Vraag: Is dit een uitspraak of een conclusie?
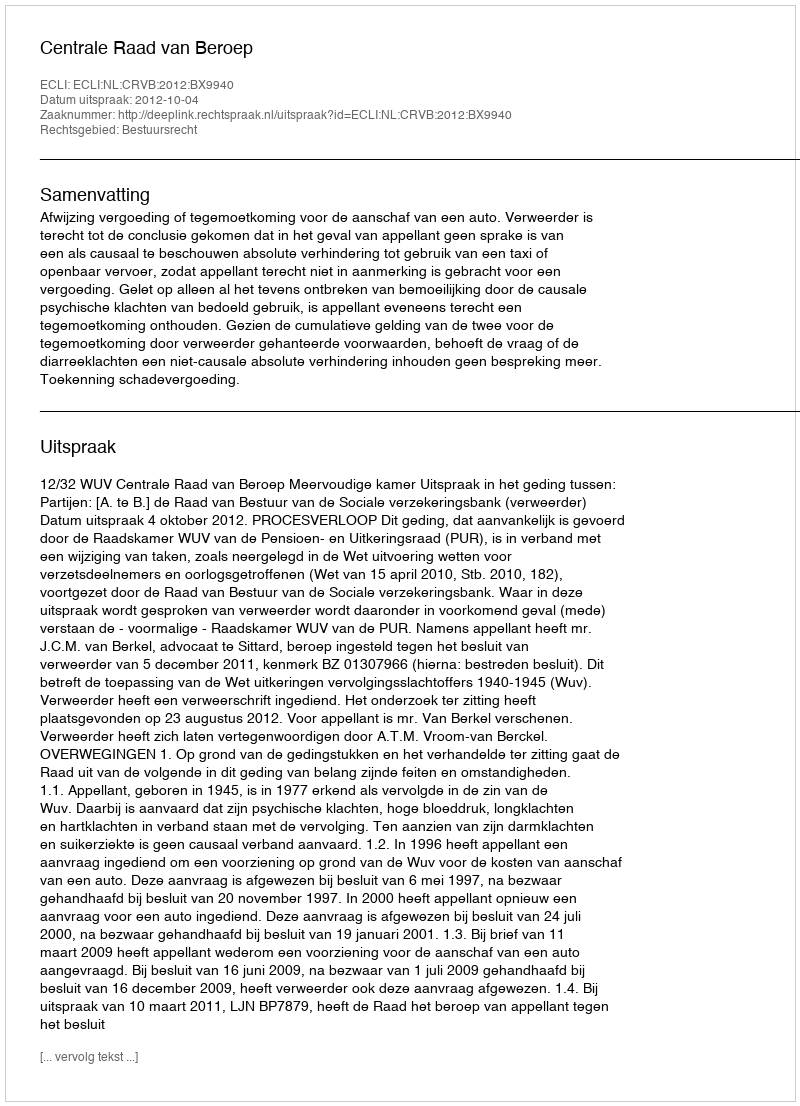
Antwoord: Uitspraak